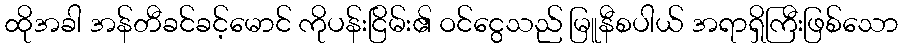
ထိုအခါ အန်တီခင်ခင့်မောင် ကိုပန်းငြိမ်း၏ ဝင်ငွေသည် မြူနီစပါယ် အရာရှိကြီးဖြစ်သော